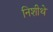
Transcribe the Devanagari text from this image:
निशीथे